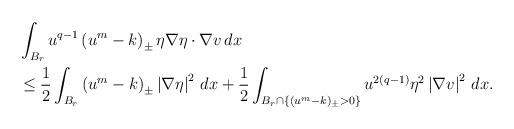
LaTeX: \begin{align*}\begin{aligned}&\int_{B_r}u^{q-1}\left(u^m-k\right)_\pm\eta\nabla\eta\cdot\nabla v\,dx\\&\leq \frac{1}{2}\int_{B_r}\left(u^m-k\right)_\pm\left|\nabla\eta\right|^2\,dx+\frac{1}{2}\int_{B_r\cap\{(u^m-k)_\pm>0\}}u^{2(q-1)}\eta^2\left|\nabla v\right|^2\,dx.\end{aligned}\end{align*}